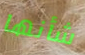
شأنها